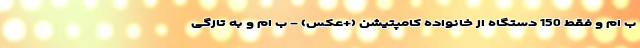
ب ام و فقط 150 دستگاه از خانواده کامپتیشن (+عکس) - ب ام و به تازگی